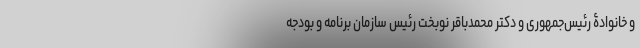
و خانوادۀ رئیس‌جمهوری و دکتر محمدباقر نوبخت رئیس سازمان برنامه و بودجه